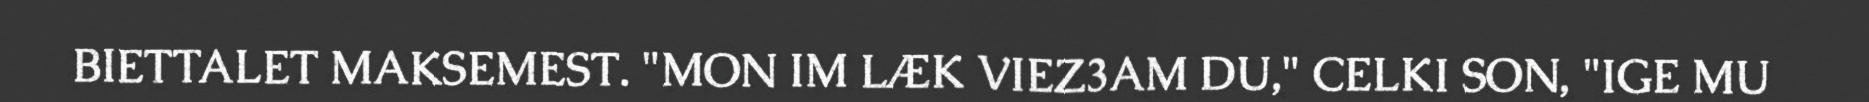
BIETTALET MAKSEMEST. "MON IM LÆK VIEZ3AM DU," CELKI SON, "IGE MU